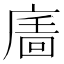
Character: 𢊉